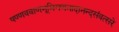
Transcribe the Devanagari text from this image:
षण्णवबाणभूमिगणनादानन्दसंवत्सरे